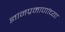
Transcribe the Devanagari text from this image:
ज्ञानप्रमाणांच्या